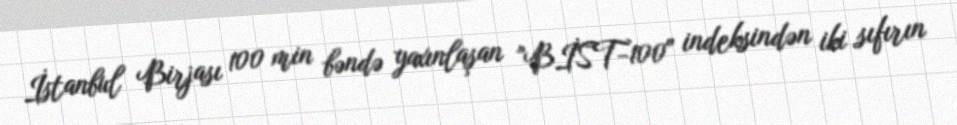
İstanbul Birjası 100 min bəndə yaxınlaşan "BİST-100" indeksindən iki sıfırın